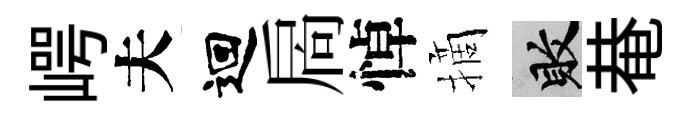
崿夫迴扄悼摘敗𤲅